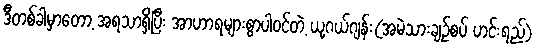
ဒီတစ်ခါမှာတော့ အရသာရှိပြီး အာဟာရများစွာပါဝင်တဲ့ ယု့ဂယ်ဂျန်း(အမဲသားချဉ်စပ် ဟင်းရည်)